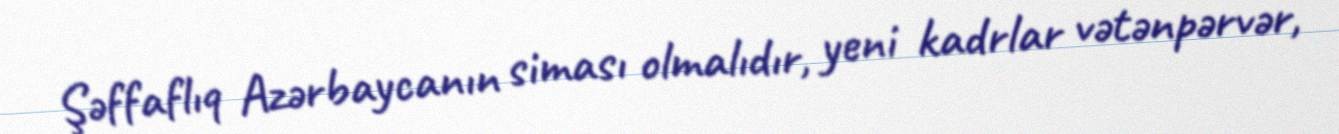
Şəffaflıq Azərbaycanın siması olmalıdır, yeni kadrlar vətənpərvər,